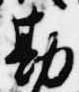
勘